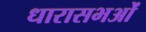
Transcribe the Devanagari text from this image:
धारासभओं